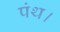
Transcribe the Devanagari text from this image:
पंथ।